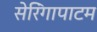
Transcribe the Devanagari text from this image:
सेरिंगापाटम